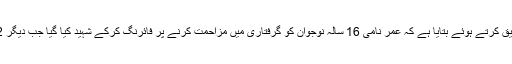
فلسطین کی وزارت صحت نے تین فلسطینی نوجوانوں کی شہادت کی تصدیق کرتے ہوئے بتایا ہے کہ عمر نامی 16 سالہ نوجوان کو گرفتاری میں مزاحمت کرنے پر فائرنگ کرکے شہید کیا گیا جب دیگر 2 فلسطینی نوجوان، عمر کی شہادت پر احتجاجی مظاہرے میں شامل تھے۔